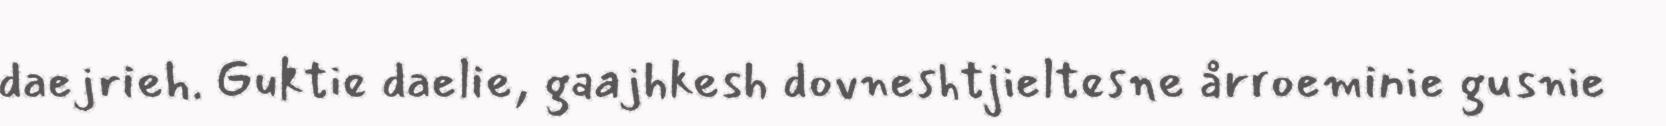
daejrieh. Guktie daelie, gaajhkesh dovneshtjieltesne årroeminie gusnie